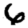
Digit: 6